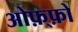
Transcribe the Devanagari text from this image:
ओफ़्फ़ो